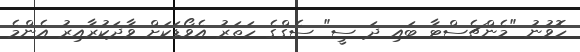
ހޮވުނު "މެންޗެސްޓާ ބައި ދަ ސީ" ސެގްގެ ހަތަރު އެވޯޑަކަށް ވާދަކުރާއިރު އެންމެ